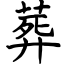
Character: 葬